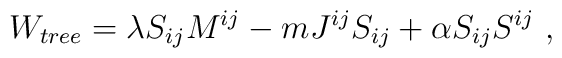
W_{tree}=\lambda S_{ij}M^{ij} -m J^{ij}S_{ij}+\alpha S_{ij}S^{ij} \ ,